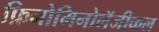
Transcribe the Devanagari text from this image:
फ़िनोमिनोलॅजीकल